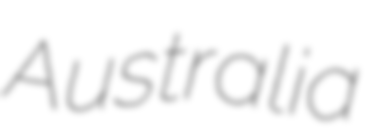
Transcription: Australia